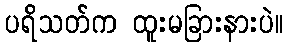
ပရိသတ်က ထူးမခြားနားပဲ။